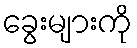
ခွေးများကို